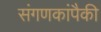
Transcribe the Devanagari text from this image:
संगणकांपैकी